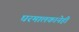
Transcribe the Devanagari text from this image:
घरमालकानेही